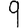
Digit: 9